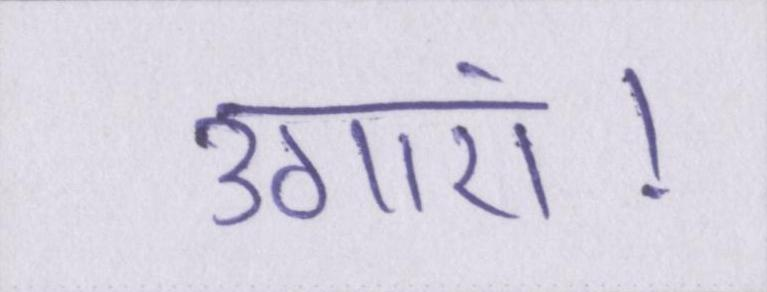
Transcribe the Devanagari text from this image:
उगाएं।